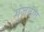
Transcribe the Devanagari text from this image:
गुंजतात